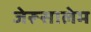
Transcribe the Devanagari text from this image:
जेरूसालेम